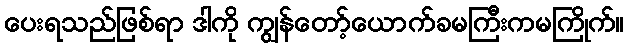
ပေးရသည်ဖြစ်ရာ ဒါကို ကျွန်တော့်ယောက်ခမကြီးကမကြိုက်။